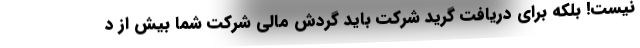
نیست! بلکه برای دریافت گرید شرکت باید گردش مالی شرکت شما بیش از د